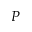
P